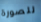
للصورة